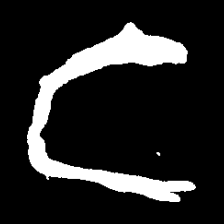
Pyu character \u2014 Myanmar letter: င (romanized: nga)